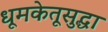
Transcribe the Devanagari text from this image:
धूमकेतूसुद्धा